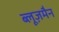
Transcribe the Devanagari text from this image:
ब्लूज़मैन